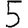
Digit: 5